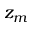
z _ { m }